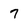
Character: 7